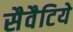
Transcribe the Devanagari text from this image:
सैवैटिये